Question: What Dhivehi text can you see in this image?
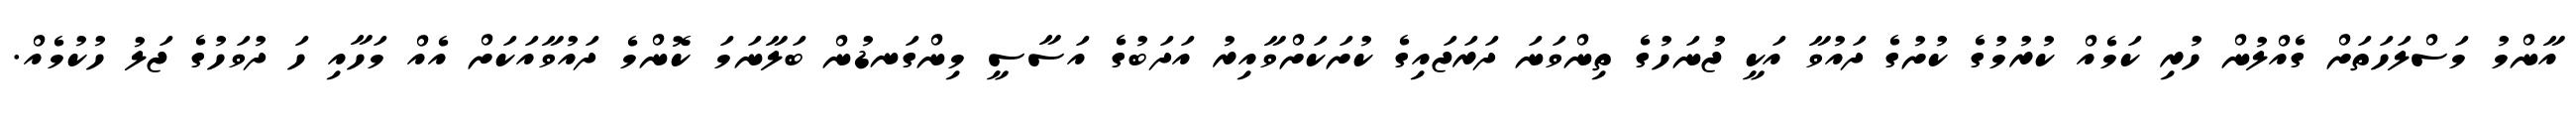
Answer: އާންމު މަސްލަހަތަށް ގެއްލުން ހުރި ކަމެއް ކުރުމުގެ ކުށުގެ ދައުވާ އަކީ ޖުނަހުގެ ތިންވަނަ ދަރަޖައިގެ ކުށަކަށްވާއިރު އަދަބުގެ އަސާސީ މިންގަނޑުން ބަލާނަމަ ކޮންމެ ދައުވާއަކަށް އެއް މަހާއި ހަ ދުވަހުގެ ޖަލު ހުކުމެއް.